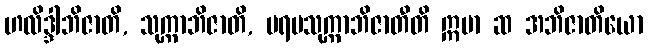
ဟလိဒ္ဒါဘိဇာတိ, သုက္ကာဘိဇာတိ, ပရမသုက္ကာဘိဇာတီတိ ဣမာ ဆ အဘိဇာတိယော